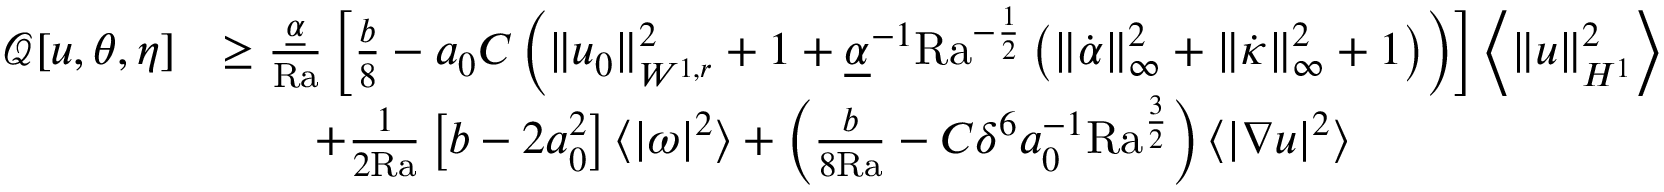
\begin{array} { r l } { \mathcal { Q } [ u , \theta , \eta ] } & { \geq \frac { \underline { { \alpha } } } { \mathrm { { R a } } } \left[ \frac { b } { 8 } - a _ { 0 } C \left( \| u _ { 0 } \| _ { W ^ { 1 , r } } ^ { 2 } + 1 + \underline { { \alpha } } ^ { - 1 } { \mathrm { R a } } ^ { - \frac { 1 } { 2 } } \left( \| \dot { \alpha } \| _ { \infty } ^ { 2 } + \| \dot { \kappa } \| _ { \infty } ^ { 2 } + 1 \right) \right) \right] \left\langle \| u \| _ { H ^ { 1 } } ^ { 2 } \right\rangle } \\ & { \qquad + \frac { 1 } { 2 \mathrm { { R a } } } \left[ b - 2 a _ { 0 } ^ { 2 } \right] \langle | \omega | ^ { 2 } \rangle + \left( \frac { b } { 8 { \mathrm { R a } } } - C \delta ^ { 6 } a _ { 0 } ^ { - 1 } \mathrm { { R a } } ^ { \frac { 3 } { 2 } } \right) \langle | \nabla u | ^ { 2 } \rangle } \end{array}